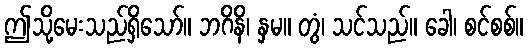
ဤသို့မေးသည်ရှိသော်။ ဘဂိနိ၊ နှမ။ တွံ၊ သင်သည်။ ခေါ၊ စင်စစ်။